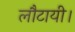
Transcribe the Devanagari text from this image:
लौटायी।